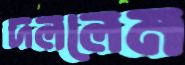
দললেম